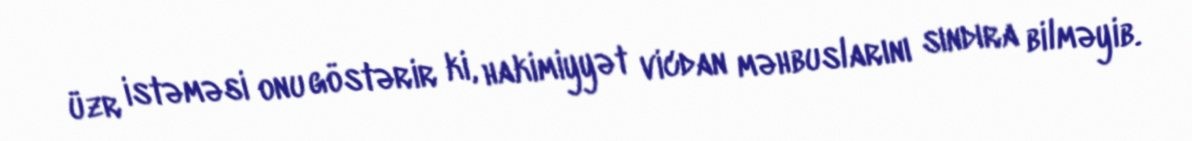
üzr istəməsi onu göstərir ki, hakimiyyət vicdan məhbuslarını sındıra bilməyib.